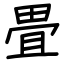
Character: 畳